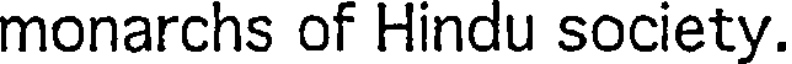
monarchs of Hindu society.